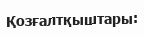
Қозғалтқыштары: